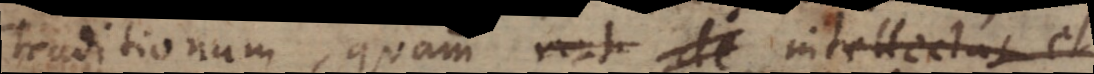
traditionum, quam int de intellectus e